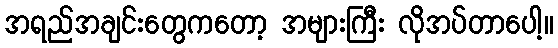
အရည်အချင်းတွေကတော့ အများကြီး လိုအပ်တာပေါ့။